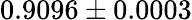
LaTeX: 0.9096\pm 0.0003